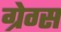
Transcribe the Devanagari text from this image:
ग्रेग्स